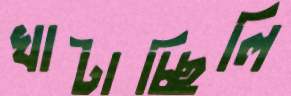
খাটাচ্ছিলি